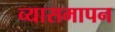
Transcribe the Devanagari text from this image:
व्यासमापन